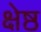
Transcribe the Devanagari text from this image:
क्षेष्ठ